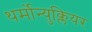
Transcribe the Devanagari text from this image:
थर्मोन्युक्लियर